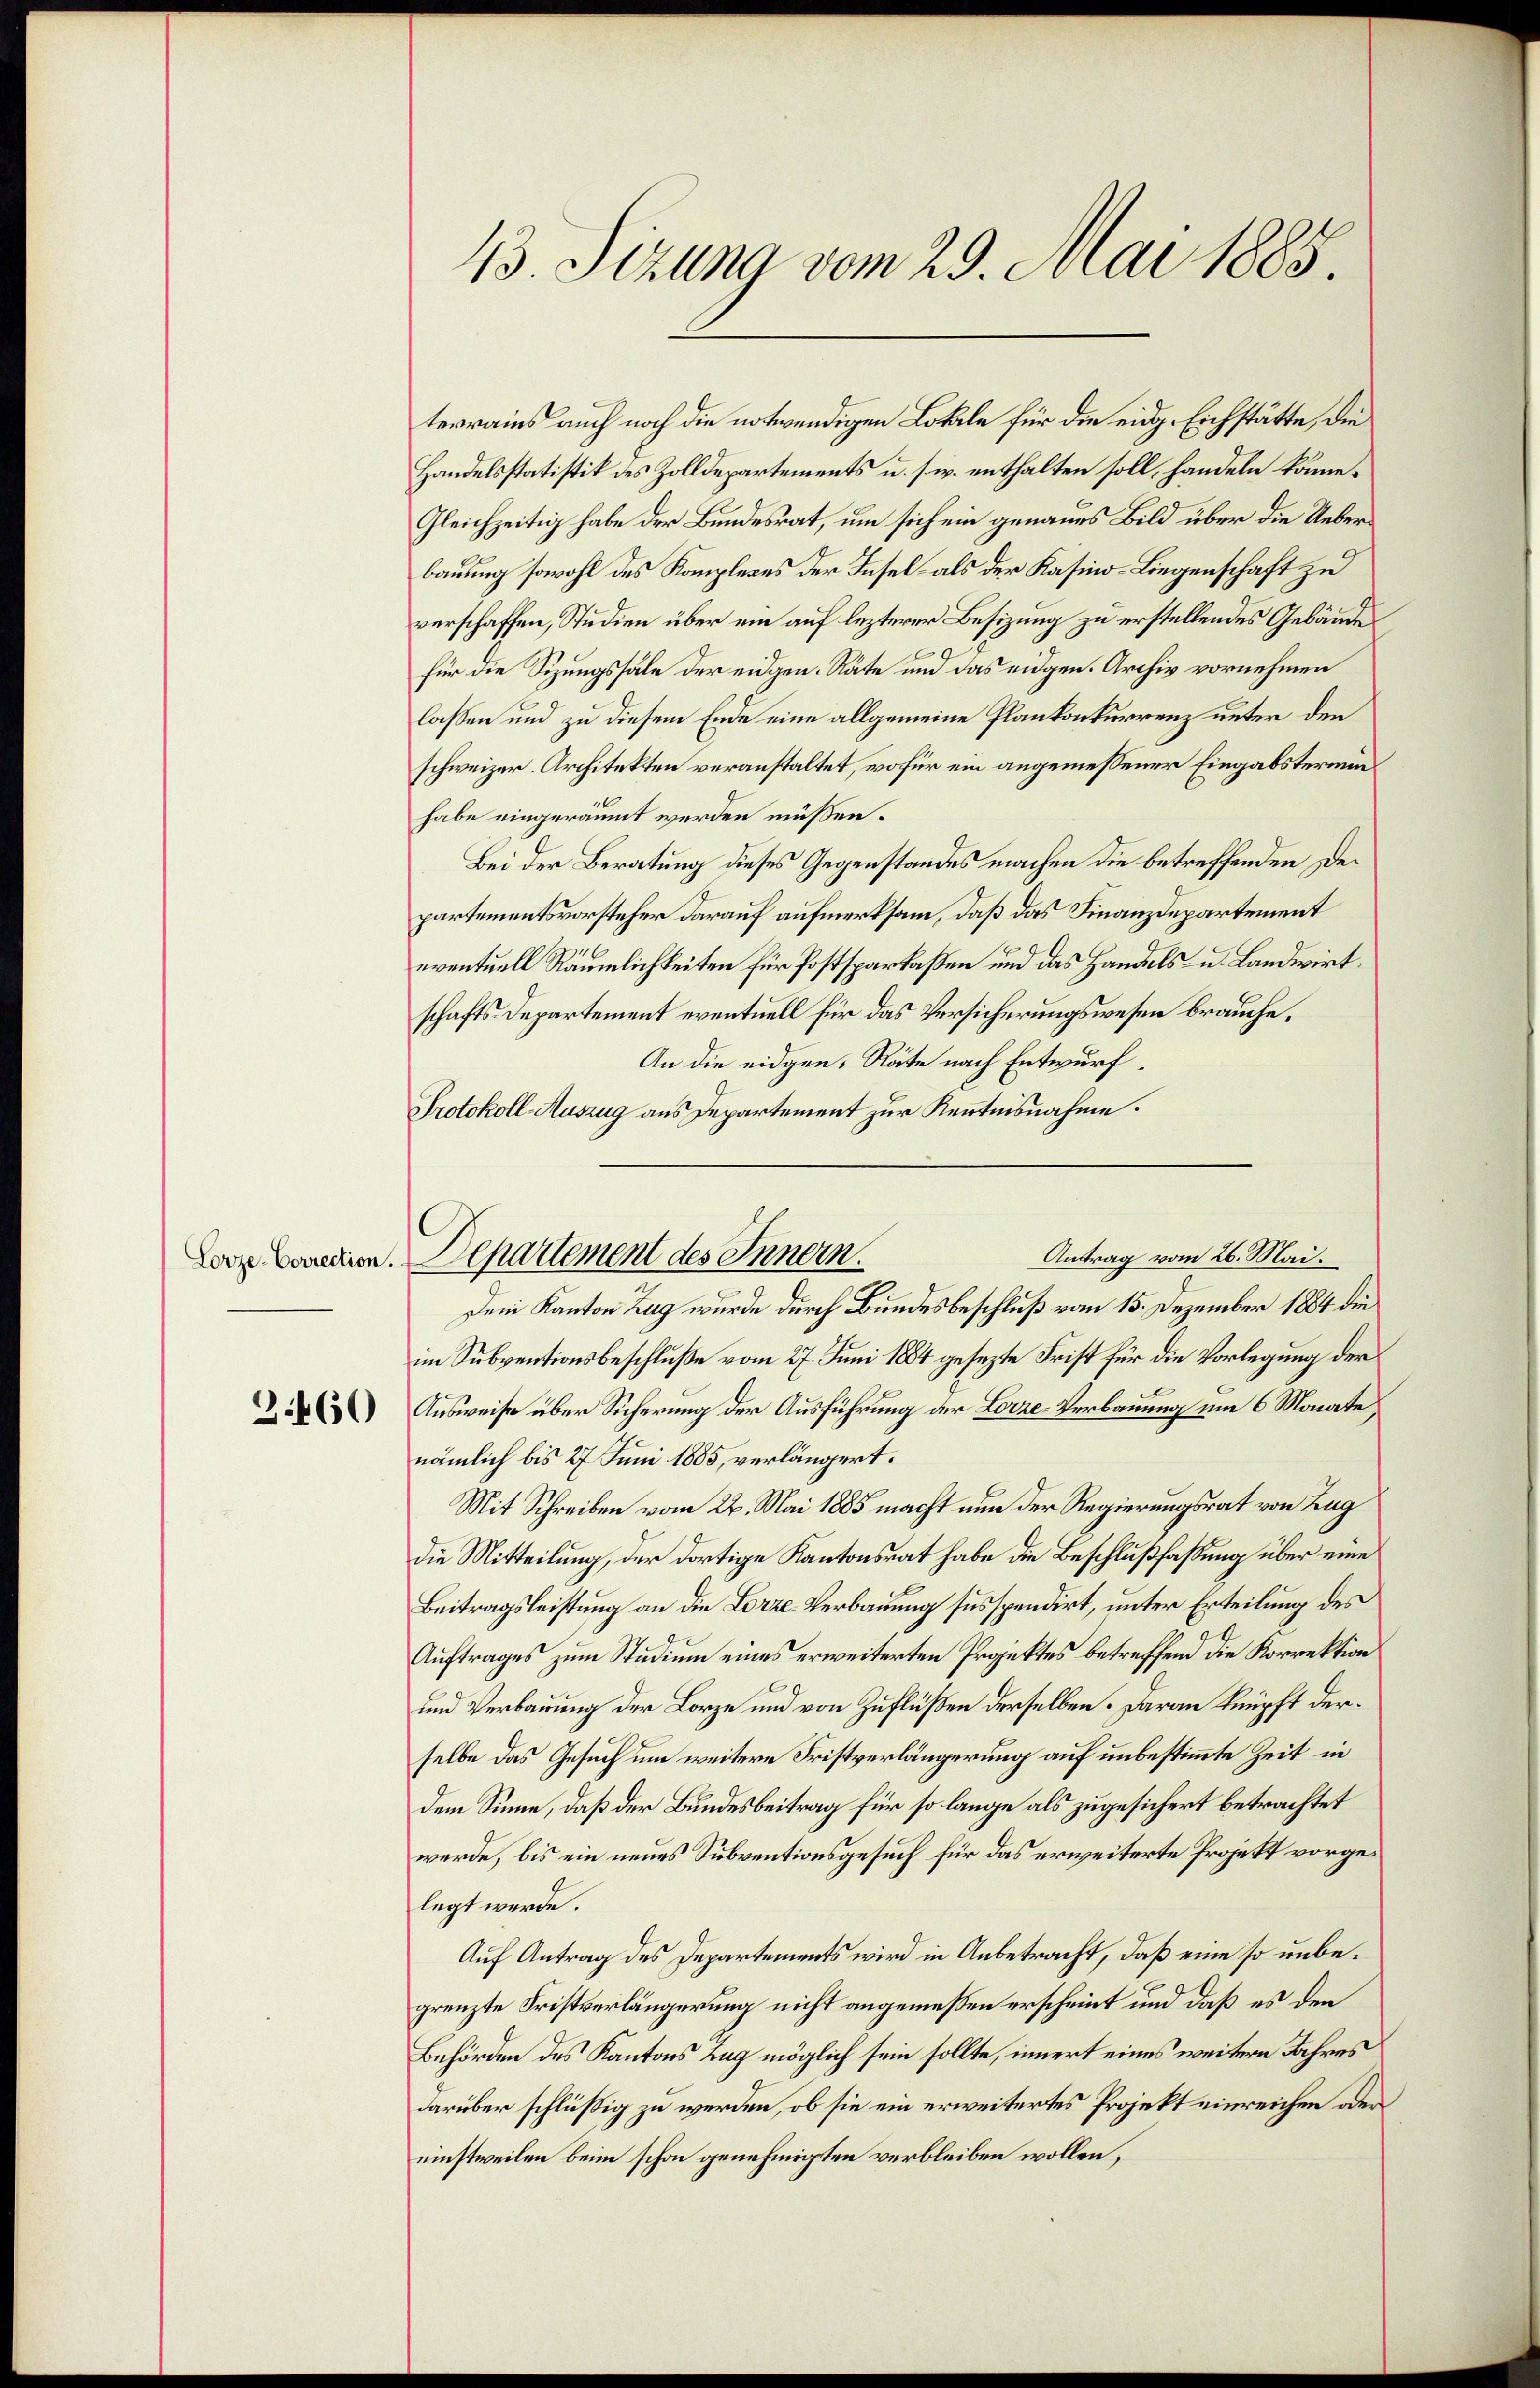
Lorze-Correction.

43. Sizung vom 29. Mai 1885

terrains auch noch die notwendigen Lokale für die eidg. Eichstätte, die
Handelsstatistik des Zolldepartements u. s. w. enthalten soll, handeln könne¬
Gleichzeitig habe der Bundesrat, um sich ein genaues Bild über die Ueberbauung sowohl des Komplexes der Insel als der Kasino-Liegenschaft zu
verschaffen, Studien über ein auf lezterer Besizung zu erstellendes Gebäude
für die Sizungssale der eidgen. Räte und das eidgen. Archiv vornehmen
lassen und zu diesem Ende eine allgemeine Plankonkurrenz unter den
schweizer. Architekten veranstaltet, wo für ein angemessener Eingabstermenhabe eingeräumt werden müßen.
Bei der Beratung dieses Gegenstandes machen die betreffenden Departementsvorsteher darauf aufmerksam, daß das Finanzdepartement
eventuell Räumlichkeiten für Postspartaßen und das Handels- u. Landwirtschafts Departement eventuell für das Versicherungswesen brauche,
An die eidgen. Räte nach Entwurf.
Protokoll-Auszug aus Departement zur Kenntnisnahme.
Dem Kanton Zug wurde durch Bundesbeschluß vom 15. Dezember 1884 die
im Subventionsbeschluße vom 27. Juni 1884 gesezte Frist für die Vorlegung der
 Ausweise über Sicherung der Ausführung der Lorze-Verbauung um 6 Monate
nämlich bis 27 Juni 1885, verlängert.
Mit Schreiben vom 22. Mai 1885 macht nun der Regierungsrat von Zug
die Mitteilung, der dortige Kantonsrat habe die Beschlußfassung über eines
Beitragsleistung an die Lorze-Verbauung susspendirt, unter Erteilung des
Auftrages zum Studium eines erweiterten Projektes betreffend die Korrektion
und Verbauung der Lorze und von Zuflüßen derselben. Daran knüpft derselbe das Gesuch um weitere Fristverlängerung auf unbestimmte Zeit in
dem Sinne, daß der Bundesbeitrag für so lange als zugesichert betrachtet
werde, bis ein neues Subventionsgesuch für das erweiterte Projekt vorgelegt werde.
Auf Antrag des Departements wird in Anbetracht, daß eine so unbegrenzte Fristverlängerung nicht angemessen erscheint und daß es den
Behörden des Kantons Zug möglich sein sollte, innert eines weitern Jahres
darüber schlüßig zu werden, ob sie ein erweitertes Projekt einreichen oder
einstweilen beim schon genehmigten verbleiben wollen,

Departement des Innern.

Antrag vom 26. Mai.